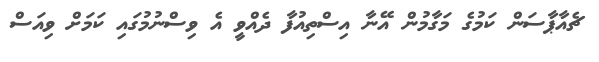
ޗެއާޕާސަން ކަމުގެ މަގާމުން އޭނާ އިސްތިއުފާ ދެއްވީ އެ ވިސްނުމުގައި ކަމަށް ވިއަސް